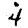
Digit: 4